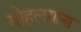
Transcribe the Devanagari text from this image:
माेहलयांना